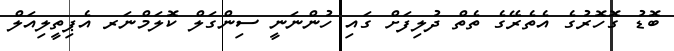
ބޮޑު ގޮހޮރުގެ އެތެރޭގެ ތެތް ދުލިފަށް ގައި ހުންނަނީ ސިންގަލް ކޮލަމްނަރ އެޕިތީލިއަލް